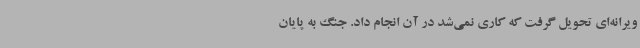
ویرانه‌ای تحویل گرفت که کاری نمی‌شد در آن انجام داد. جنگ به پایان